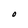
Character: O